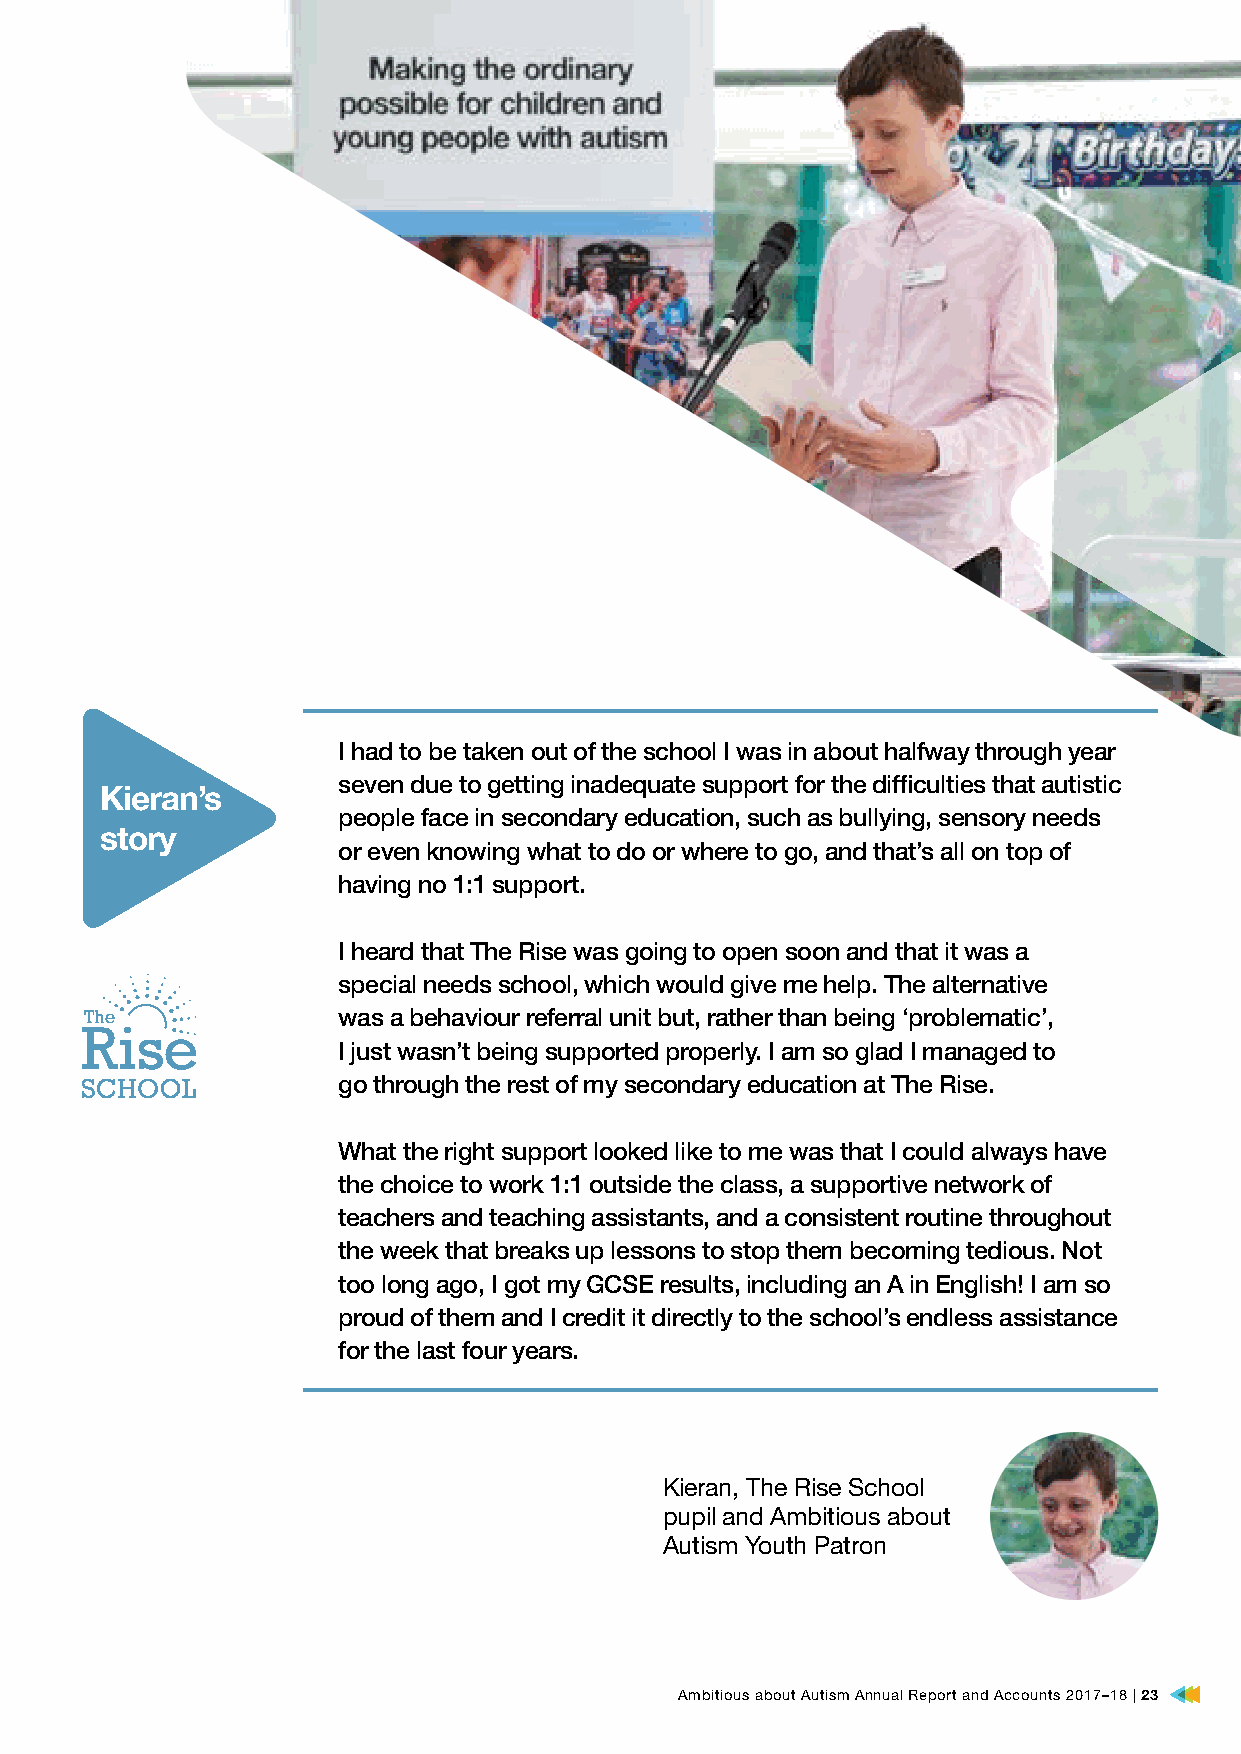
I had to be taken out of the school I was in about halfway through year
 seven due to getting inadequate support for the difficulties that autistic
 Kieran’s
 people face in secondary education, such as bullying, sensory needs
 story
 or even knowing what to do or where to go, and that’s all on top of
 having no 1:1 support.
 I heard that The Rise was going to open soon and that it was a
 special needs school, which would give me help. The alternative
 was a behaviour referral unit but, rather than being ‘problematic’,
 I just wasn’t being supported properly. I am so glad I managed to
 go through the rest of my secondary education at The Rise.
 What the right support looked like to me was that I could always have
 the choice to work 1:1 outside the class, a supportive network of
 teachers and teaching assistants, and a consistent routine throughout
 the week that breaks up lessons to stop them becoming tedious. Not
 too long ago, I got my GCSE results, including an A in English! I am so
 proud of them and I credit it directly to the school’s endless assistance
 for the last four years.
 Kieran, The Rise School
 pupil and Ambitious about
 Autism Youth Patron
 Ambitious about Autism Annual Report and Accounts 2017–18 | 23